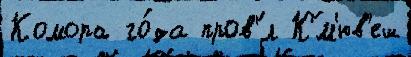
Комора го́да пров'́л К'́м'юв'еш